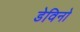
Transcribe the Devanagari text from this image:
डेविनो